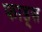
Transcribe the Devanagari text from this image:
फाड्स